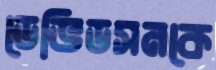
ডেভিডসনকে